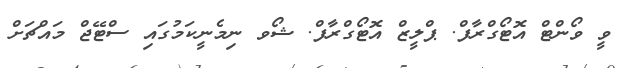
ވީ ވޯންޓް އޮޓޯގްރާފް. ޕްލީޒް އޮޓޯގްރާފް. ޝޯވ ނިމެނީކަމުގައި ސްޓޭޖް މައްޗަށް